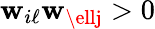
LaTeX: \mathbf{w}_{i\ell}\mathbf{w}_{\ellj}>0